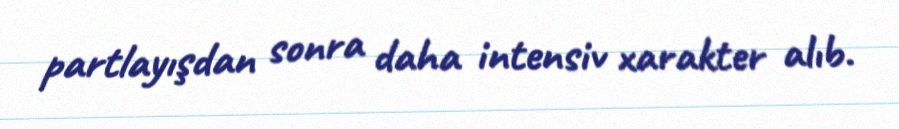
partlayışdan sonra daha intensiv xarakter alıb.